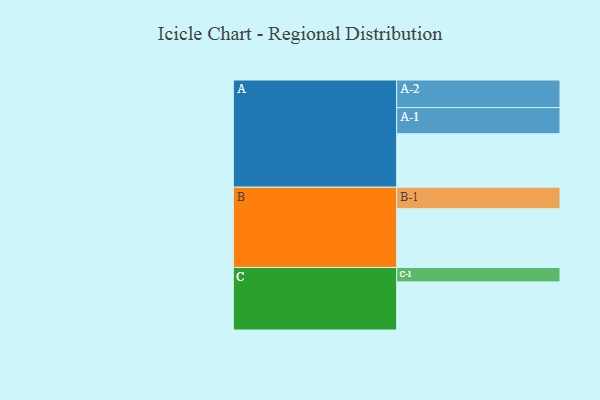
{"axis": {"x": "Segment", "y": "Value"}, "legend": ["", "A", "B", "C"], "data": [{"x": "A", "y": 537, "type": ""}, {"x": "B", "y": 590, "type": ""}, {"x": "C", "y": 483, "type": ""}, {"x": "A-1", "y": 263, "type": "A"}, {"x": "A-2", "y": 277, "type": "A"}, {"x": "B-1", "y": 216, "type": "B"}, {"x": "C-1", "y": 145, "type": "C"}]}